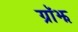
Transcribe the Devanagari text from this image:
ग्रॉझ